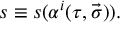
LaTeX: s \equiv s ( \alpha ^ { i } ( \tau , \vec { \sigma } ) ) .